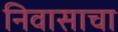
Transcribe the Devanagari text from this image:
निवासाचा